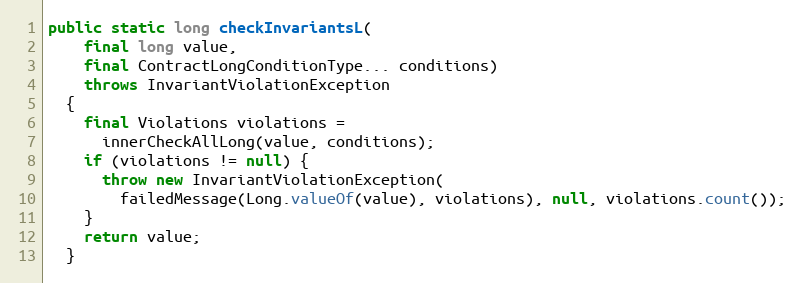
Language: Java
public static long checkInvariantsL(
    final long value,
    final ContractLongConditionType... conditions)
    throws InvariantViolationException
  {
    final Violations violations =
      innerCheckAllLong(value, conditions);
    if (violations != null) {
      throw new InvariantViolationException(
        failedMessage(Long.valueOf(value), violations), null, violations.count());
    }
    return value;
  }